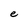
Character: e